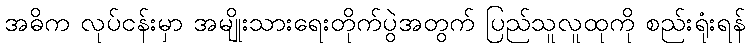
အဓိက လုပ်ငန်းမှာ အမျိုးသားရေးတိုက်ပွဲအတွက် ပြည်သူလူထုကို စည်းရုံးရန်